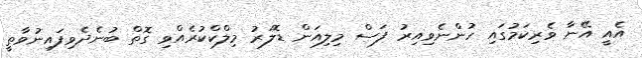
އެއީ އޭނާ ވެރިކަމުގައި ހުންނެވިއިރު ފަސް މިލިއަން ޑޮލަރު މިލްކްކުރެއްވި ގޮތް ބުނެދެވިފައިނުވާތީ